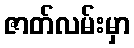
ဇာတ်လမ်းမှာ